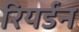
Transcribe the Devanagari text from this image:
रियर्डन